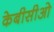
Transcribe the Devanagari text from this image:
केबीसीओ